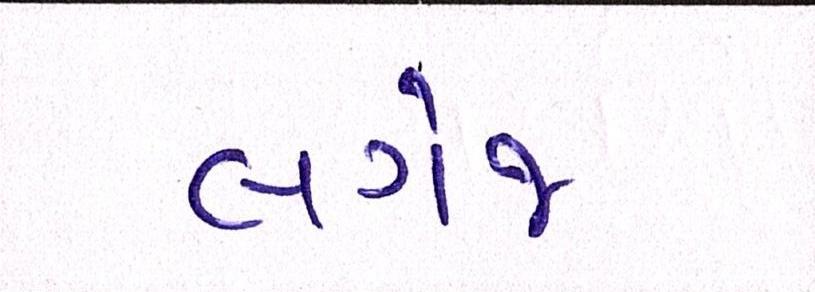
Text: લગેજ